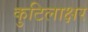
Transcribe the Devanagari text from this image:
कुटिलाक्षर